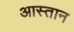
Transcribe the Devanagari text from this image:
आस्तान